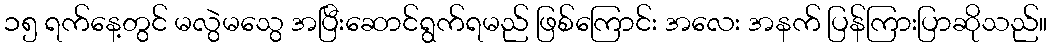
၁၅ ရက်နေ့တွင် မလွဲမသွေ အပြီးဆောင်ရွက်ရမည် ဖြစ်ကြောင်း အလေး အနက် ပြန်ကြားပြာဆိုသည်။